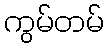
ကွမ်တမ်